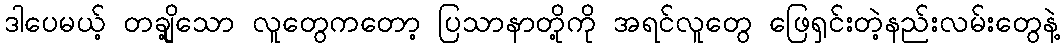
ဒါပေမယ့် တချို့သော လူတွေကတော့ ပြသာနာတို့ကို အရင်လူတွေ ဖြေရှင်းတဲ့နည်းလမ်းတွေနဲ့